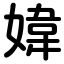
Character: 媁